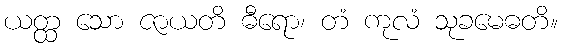
ယတ္ထ သော ဇာယတိ ဓီရော၊ တံ ကုလံ သုခမေဓတိ။